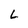
Character: L